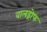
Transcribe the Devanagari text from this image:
वालड्रोफ